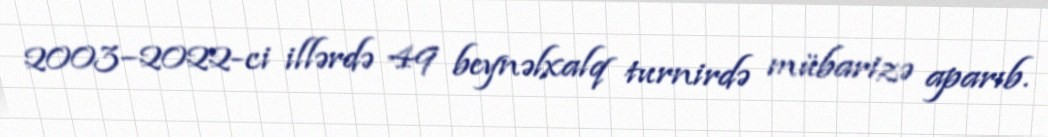
2003–2022-ci illərdə 49 beynəlxalq turnirdə mübarizə aparıb.